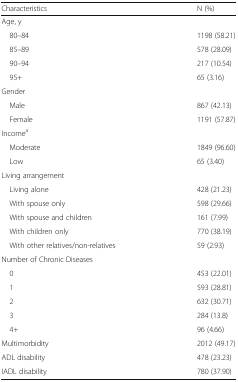
| Characteristics | N (%) |
 | --- | --- |
 | <COLSPAN=2> Age, y |
 | 80–84 | 1198 (58.21) |
 | 85–89 | 578 (28.09) |
 | 90–94 | 217 (10.54) |
 | 95+ | 65 (3.16) |
 | <COLSPAN=2> Gender |
 | Male | 867 (42.13) |
 | Female | 1191 (57.87) |
 | <COLSPAN=2> Incomea |
 | Moderate | 1849 (96.60) |
 | Low | 65 (3.40) |
 | <COLSPAN=2> Living arrangement |
 | Living alone | 428 (21.23) |
 | With spouse only | 598 (29.66) |
 | With spouse and children | 161 (7.99) |
 | With children only | 770 (38.19) |
 | With other relatives/non-relatives | 59 (2.93) |
 | <COLSPAN=2> Number of Chronic Diseases |
 | 0 | 453 (22.01) |
 | 1 | 593 (28.81) |
 | 2 | 632 (30.71) |
 | 3 | 284 (13.8) |
 | 4+ | 96 (4.66) |
 | Multimorbidity | 2012 (49.17) |
 | ADL disability | 478 (23.23) |
 | IADL disability | 780 (37.90) |